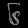
Digit: ၆